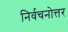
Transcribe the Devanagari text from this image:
निर्वचनोत्तर